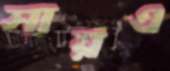
সায়এ